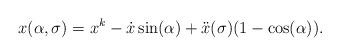
LaTeX: \begin{align*}x(\alpha,\sigma) = x^k - \dot{x}\sin(\alpha)+\ddot{x}(\sigma) (1-\cos(\alpha)).\end{align*}